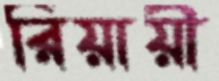
রিয়ায়ী